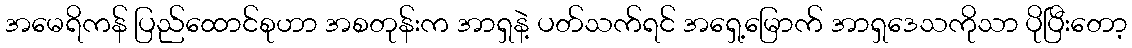
အမေရိကန် ပြည်ထောင်စုဟာ အစတုန်းက အာရှနဲ့ ပတ်သက်ရင် အရှေ့မြောက် အာရှဒေသကိုသာ ပိုပြီးတော့